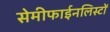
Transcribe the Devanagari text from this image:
सेमीफाईनलिस्टों